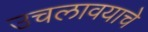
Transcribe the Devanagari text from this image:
उचलावयाचे